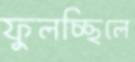
ফুলচ্ছিলে